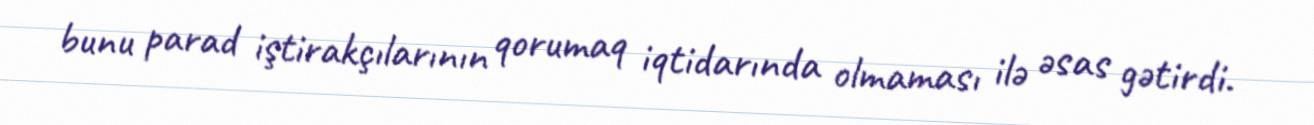
bunu parad iştirakçılarının qorumaq iqtidarında olmaması ilə əsas gətirdi.